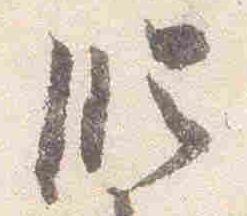
臨